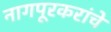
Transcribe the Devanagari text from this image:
नागपूरकरांचे